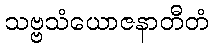
သဗ္ဗသံယောဇနာတီတံ